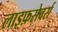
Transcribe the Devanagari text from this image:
लाइफ़सेवर्स